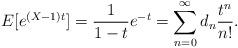
LaTeX: \begin{align*}E[e^{(X-1)t}] = \frac{1}{1-t} e^{-t} = \sum_{n=0}^\infty d_n \frac{t^n}{n!}.\end{align*}